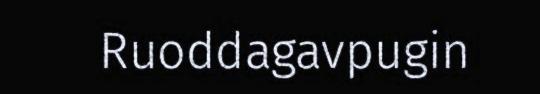
Ruoddagavpugin